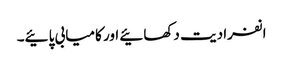
انفرادیت دکھائیے اور کامیابی پائیے۔